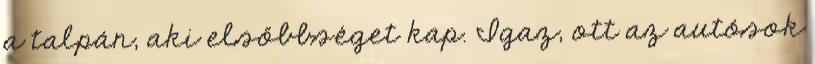
a talpán, aki elsőbbséget kap. Igaz, ott az autósok